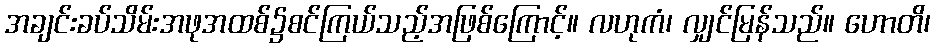
အချင်းခပ်သိမ်းအဖုအထစ်၌စင်ကြယ်သည့်အဖြစ်ကြောင့်။ လဟုကံ၊ လျှင်မြန်သည်။ ဟောတိ၊